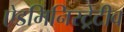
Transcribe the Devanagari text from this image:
ऐडमिनिस्ट्रेटीव